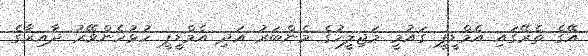
އޭގެ ތެރޭގައި އެމްޑީޕީ ގައުމީ މަޖިލީހުގެ މެންބަރު އަދި އެމްޑީޕީ ހުޅުހެންވޭރު ދާއިރާގެ